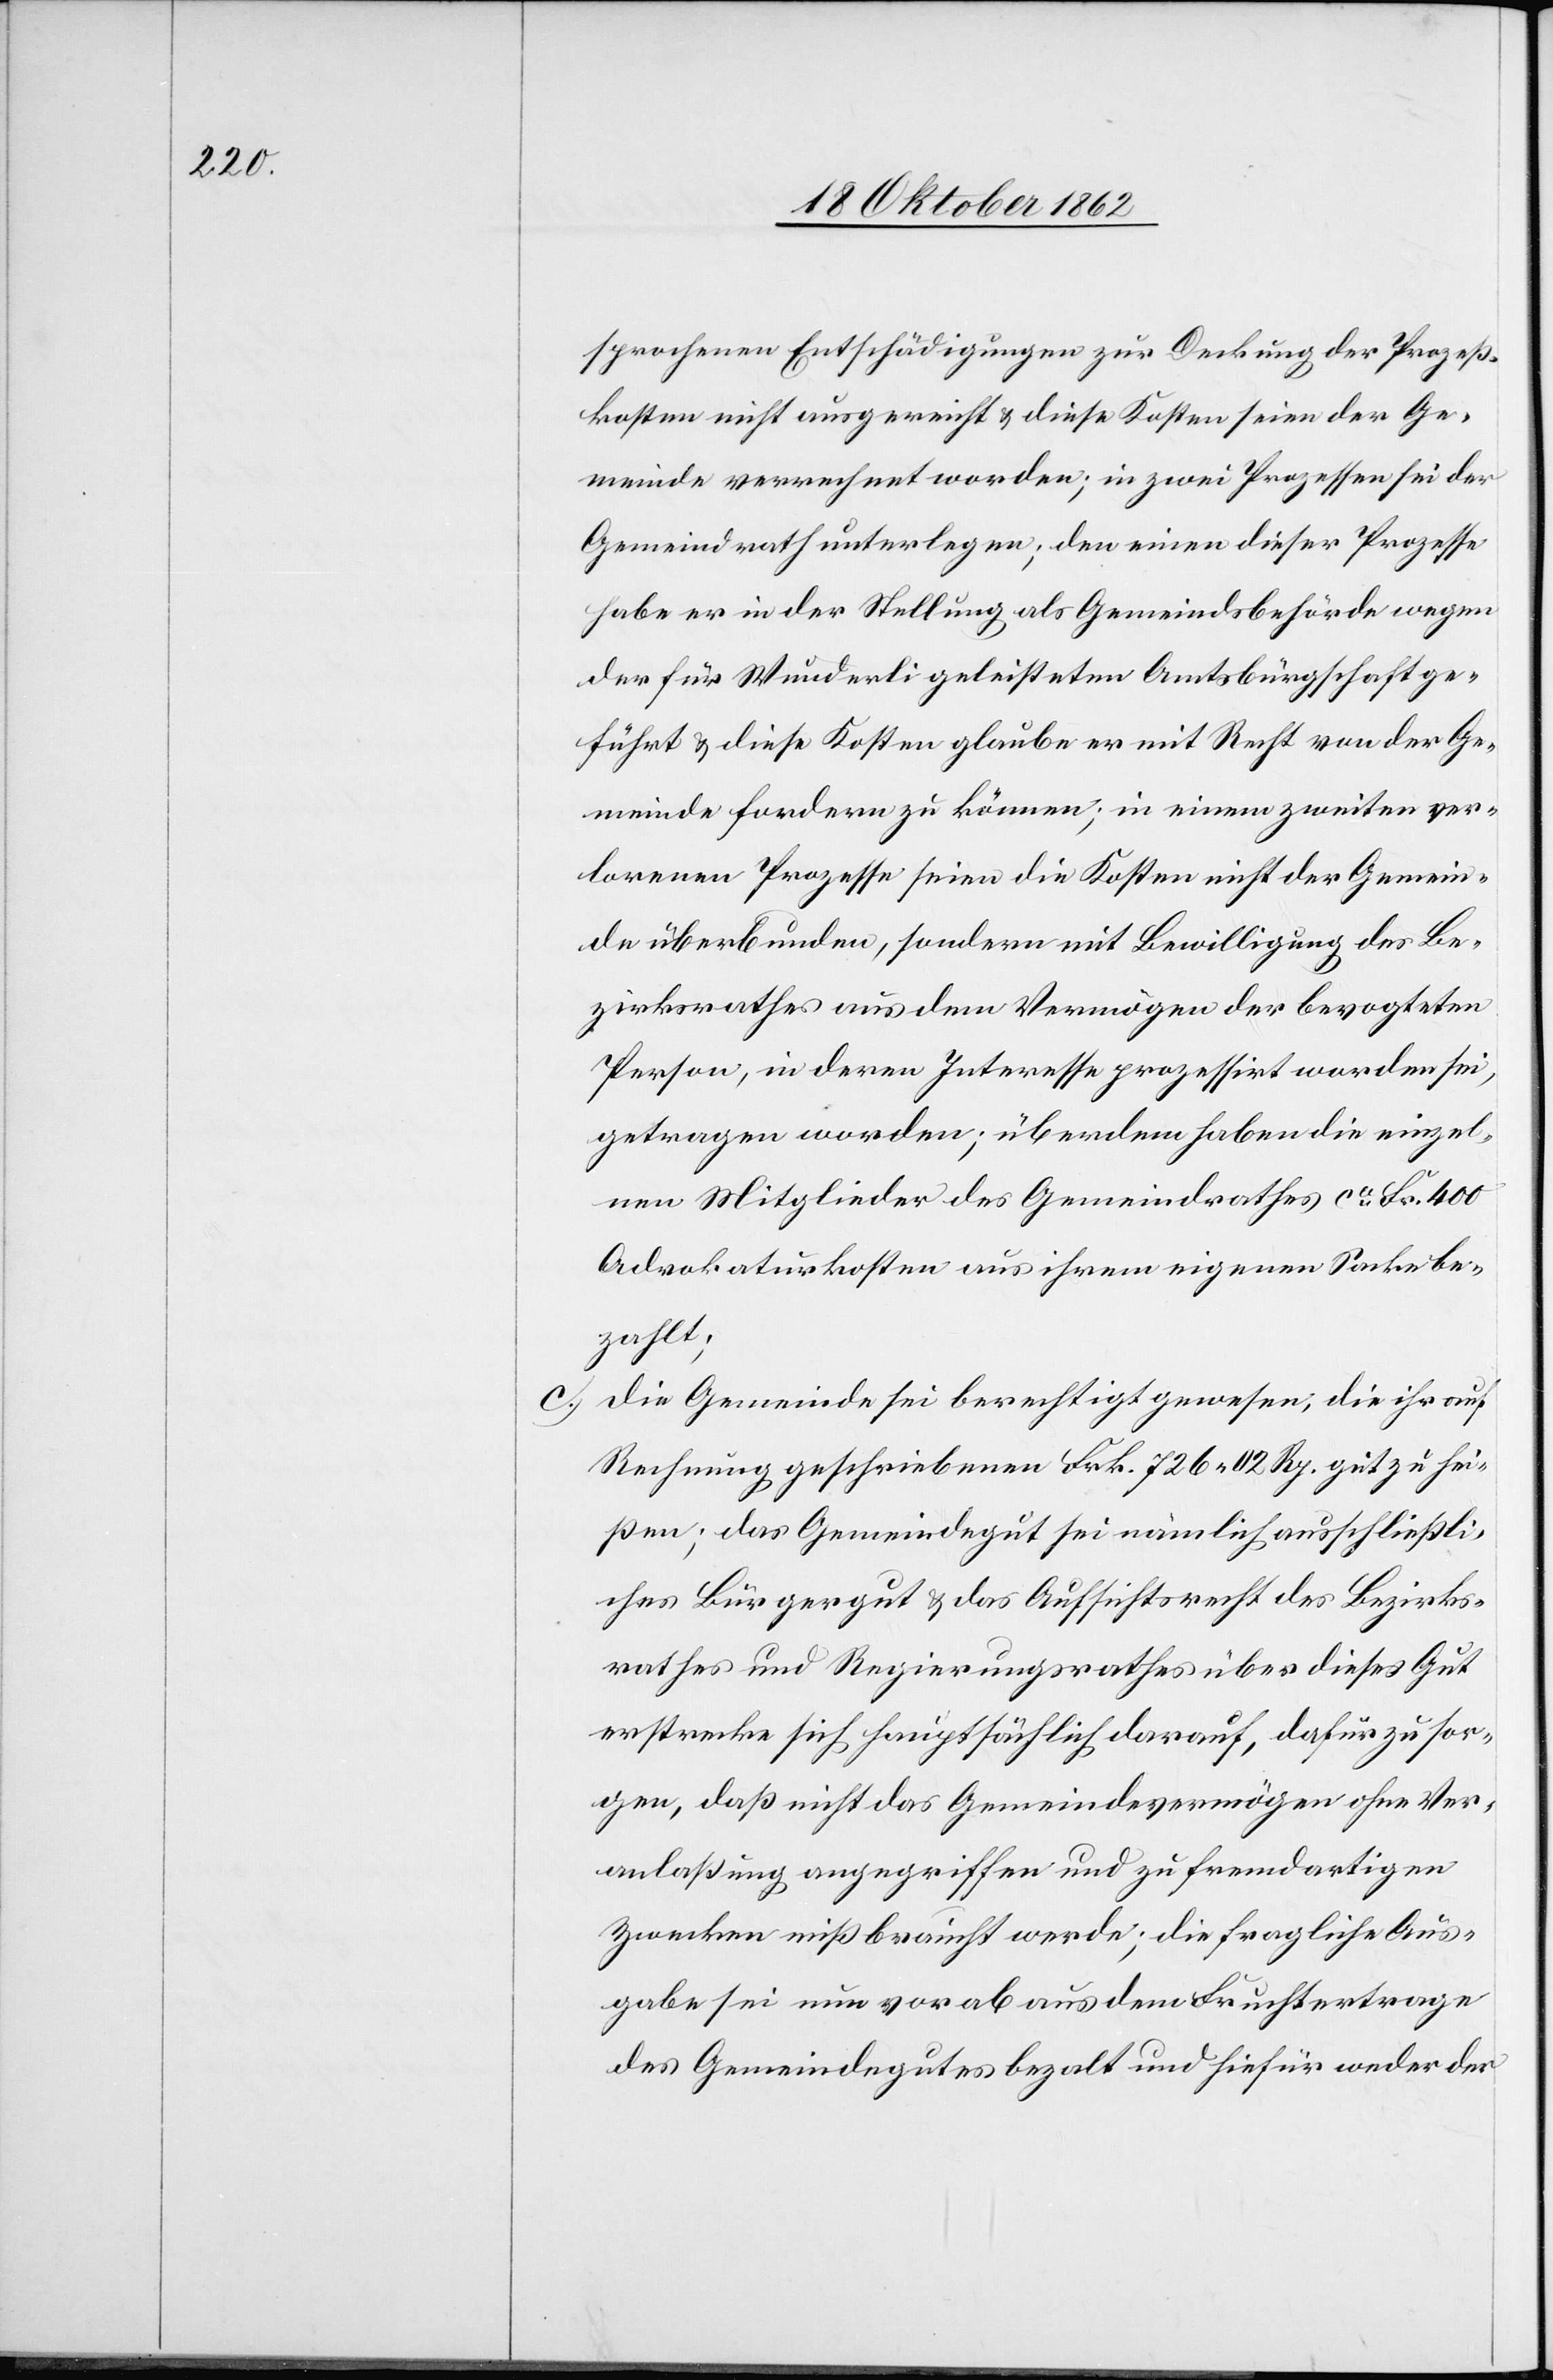
sprochenen Entschädigungen zur Deckung der Prozeß¬
kosten nicht ausgereicht u. diese Kosten seien der Ge¬
meinde verrechnet worden; in zwei Prozessen sei der
Gemeindrath unterlegen, den einen dieser Prozesse
habe er in der Stellung als Gemeindsbehörde wegen
der für Wunderli geleisteten Amtsbürgschaft ge¬
führt u. diese Kosten glaube er mit Recht von der Ge¬
meinde fordern zu können; in einem zweiten ver¬
lorenen Prozesse seien die Kosten nicht der Gemein¬
de überbunden, sondern mit Bewilligung des Be¬
zirksrathes aus dem Vermögen der bevogteten
Person, in deren Interesse prozessirt worden sei,
getragen worden; überdem haben die einzel¬
nen Mitglieder des Gemeindrathes ca Fr. 400
Advokaturkosten aus ihrem eigenen Sacke be¬
zahlt;
Die Gemeinde sei berechtigt gewesen, die ihr auf
Rechnung geschriebenen Frk. 726 02 Rp. gut zu hei¬
ßen; das Gemeindegut sei nämlich ausschließli¬
ches Bürgergut u. das Aufsichtrecht des Bezirks¬
rathes und Regierungsrathes über dieses Gut
erstrecke sich hauptsächlich darauf, dafür zu sor¬
gen, daß nicht das Gemeindevermögen ohne Ver¬
anlaßung angegriffen und zu fremdartigen
Zwecken mißbraucht werde; die fragliche Aus¬
gabe sei nun vorab aus dem Fruchtertrage
des Gemeindegutes bezalt und hiefür weder der